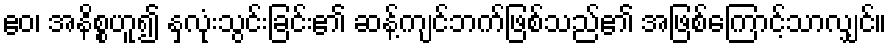
ဧဝ၊ အနိစ္စဟူ၍ နှလုံးသွင်းခြင်း၏ ဆန့်ကျင်ဘက်ဖြစ်သည်၏ အဖြစ်ကြောင့်သာလျှင်။